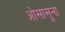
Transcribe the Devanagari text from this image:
ओसासूना